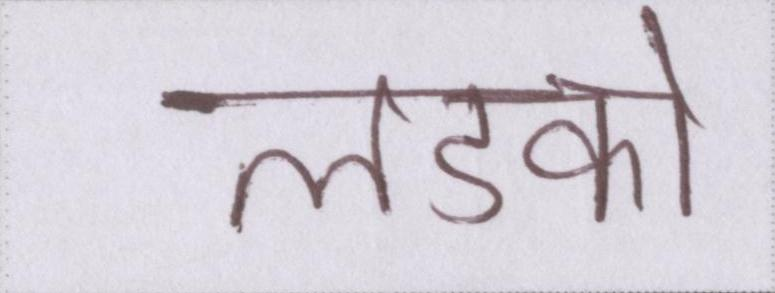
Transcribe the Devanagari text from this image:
लडको